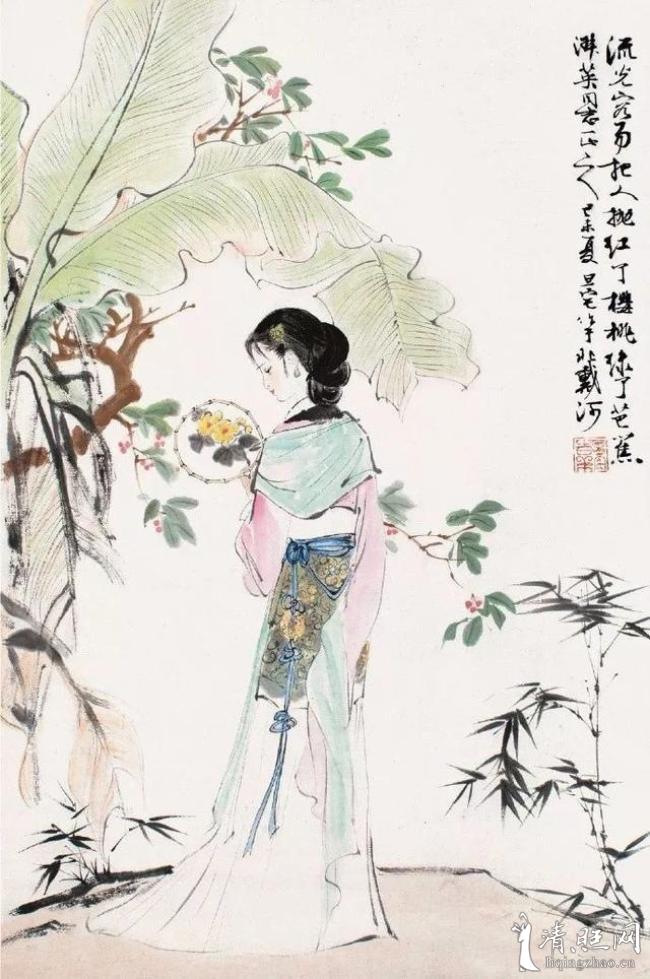
惜别伤离方寸乱。忘了临行，酒盏深和浅。